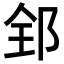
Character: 𨛈